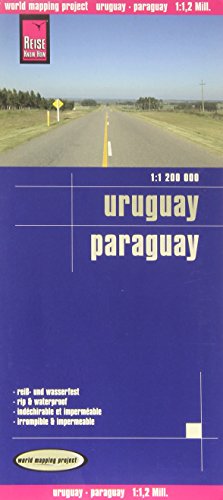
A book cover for Uruguay/Paraguay; Reise Know-How Verlag; Travel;